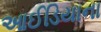
આઈડિયાના